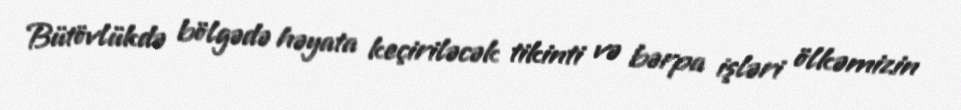
Bütövlükdə bölgədə həyata keçiriləcək tikinti və bərpa işləri ölkəmizin